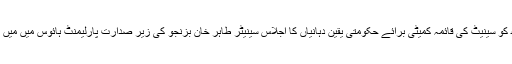
بدھ کو سینیٹ کی قائمہ کمیٹی برائے حکومتی یقین دہانیاں کا اجلاس سینیٹر طاہر خان بزنجو کی زیر صدارت پارلیمنٹ ہائوس میں میں ہوا۔